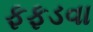
ફફડવા